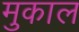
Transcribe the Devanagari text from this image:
मुकाल